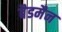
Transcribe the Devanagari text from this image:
बैडमैन